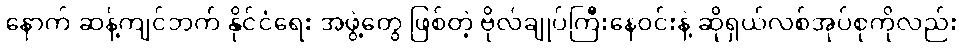
နောက် ဆန့်ကျင်ဘက် နိုင်ငံရေး အဖွဲ့တွေ ဖြစ်တဲ့ ဗိုလ်ချုပ်ကြီးနေဝင်းနဲ့ ဆိုရှယ်လစ်အုပ်စုကိုလည်း